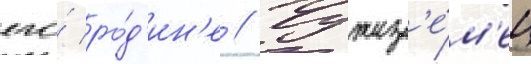
его́ ро́д'ин'е // Чужез'е́м'ец